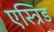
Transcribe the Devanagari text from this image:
एस्त्रिड